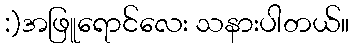
:)အဖြူရောင်လေး သနားပါတယ်။